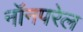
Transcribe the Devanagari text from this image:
नॉनपरेल